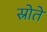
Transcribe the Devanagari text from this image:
स्रोते